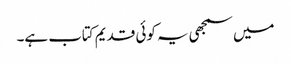
میں سمجھی یہ کوئی قدیم کتاب ہے۔